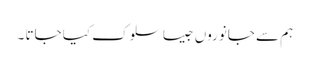
ہم سے جانوروں جیسا سلوک کیا جاتا ۔